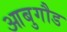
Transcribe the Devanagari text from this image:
आबुगौड